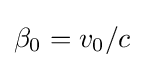
\beta _{0}=v_{0}/c